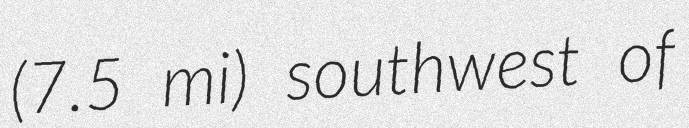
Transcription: (7.5 mi) southwest of